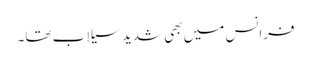
فرانس میں بھی شدید سیلاب تھا۔